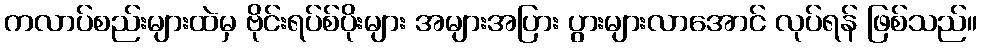
ကလာပ်စည်းများထဲမှ ဗိုင်းရပ်စ်ပိုးများ အများအပြား ပွားများလာအောင် လုပ်ရန် ဖြစ်သည်။